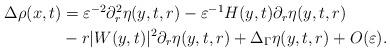
LaTeX: \begin{align*} \begin{aligned} \Delta\rho(x,t) &= \varepsilon^{-2}\partial_r^2\eta(y,t,r)-\varepsilon^{-1}H(y,t)\partial_r\eta(y,t,r) \\ &-r|W(y,t)|^2\partial_r\eta(y,t,r)+\Delta_\Gamma\eta(y,t,r)+O(\varepsilon). \end{aligned}\end{align*}